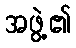
အဖွဲ့၏